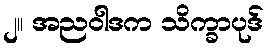
၂။ အညဝါဒက သိက္ခာပုဒ်